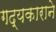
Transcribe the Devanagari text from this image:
गद्यकाराने